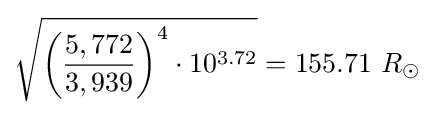
{\sqrt {{\biggl (}{\frac {5,772}{3,939}}{\biggr )}^{4}\cdot 10^{3.72}}}=155.71\ R_{\odot }